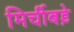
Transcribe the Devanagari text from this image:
मिर्चीबड़े